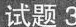
试题3